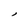
Character: l